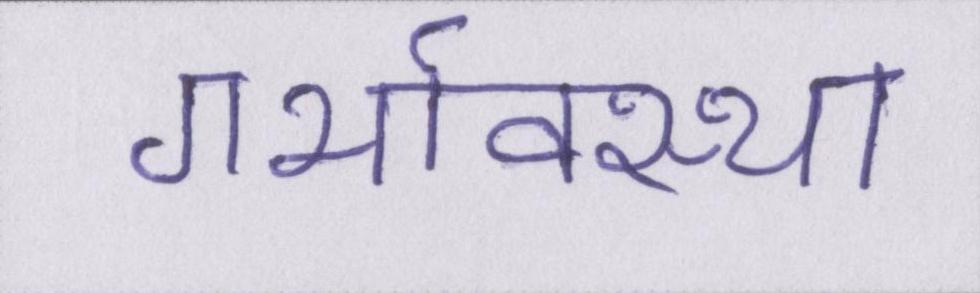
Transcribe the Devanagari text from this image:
गर्भावस्था